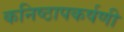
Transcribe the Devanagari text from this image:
कनिष्ठापकर्षणी